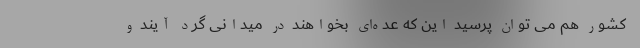
کشور هم می توان پرسید این که عده‌ای بخواهند در میدانی گرد آیند و